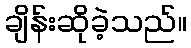
ချိန်းဆိုခဲ့သည်။